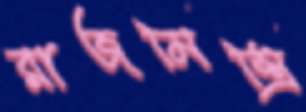
রাজমিস্ত্রি